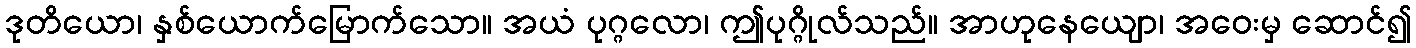
ဒုတိယော၊ နှစ်ယောက်မြောက်သော။ အယံ ပုဂ္ဂလော၊ ဤပုဂ္ဂိုလ်သည်။ အာဟုနေယျော၊ အဝေးမှ ဆောင်၍